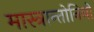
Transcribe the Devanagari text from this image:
मास्त्रान्तोनियो